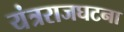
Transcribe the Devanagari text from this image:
यंत्रराजघटना